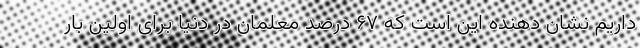
داریم نشان دهنده این است که ۶۷ درصد معلمان در دنیا برای اولین بار